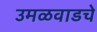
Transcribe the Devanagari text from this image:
उमळवाडचे